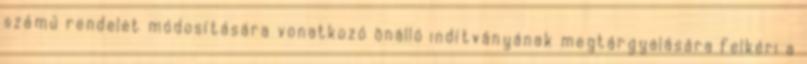
számú rendelet módosítására vonatkozó önálló indítványának megtárgyalására felkéri a